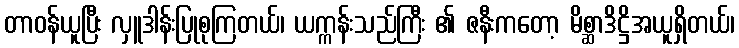
တာဝန်ယူပြီး လှူဒါန်းပြုစုကြတယ်၊ ယက္ကန်းသည်ကြီး ၏ ဇနီးကတော့ မိစ္ဆာဒိဋ္ဌိအယူရှိတယ်၊